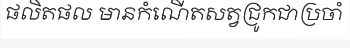
ផលិតផល មានកំណើតសត្វជ្រូកជាប្រចាំ